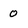
Character: 0